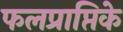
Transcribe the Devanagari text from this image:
फलप्राप्तिके